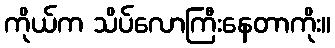
ကိုယ်က သိပ်လောကြီးနေတာကိုး။